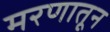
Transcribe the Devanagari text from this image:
मरणातून